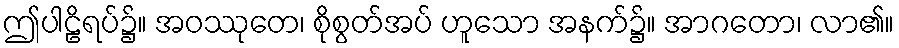
ဤပါဠိရပ်၌။ အဝဿုတေ၊ စိုစွတ်အပ် ဟူသော အနက်၌။ အာဂတော၊ လာ၏။